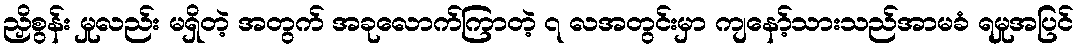
ညှိစွန်း မှုလည်း မရှိတဲ့ အတွက် အခုလောက်ကြာတဲ့ ၇ လအတွင်းမှာ ကျနော့်သားသည်အာမခံ ရမှုအပြင်